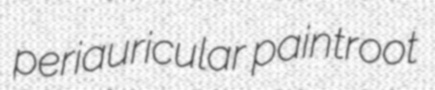
periauricular paintroot